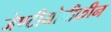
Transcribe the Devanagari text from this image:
जेण्टीयोपीक्रीन